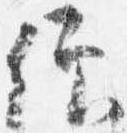
仰